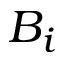
B _ { i }